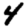
Digit: 4